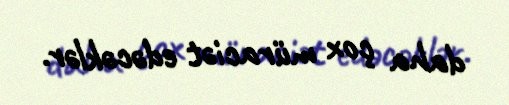
daha çox müraciət edəcəklər.